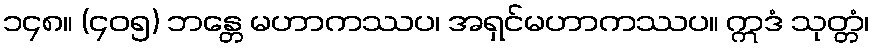
၁၄၈။ (၄၀၅) ဘန္တေ မဟာကဿပ၊ အရှင်မဟာကဿပ။ ဣဒံ သုတ္တံ၊